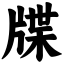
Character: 牒